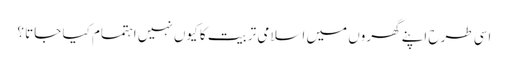
اسی طرح اپنے گھروں میں اسلامی تربیت کا کیوں نہیں اہتمام کیا جاتا ؟